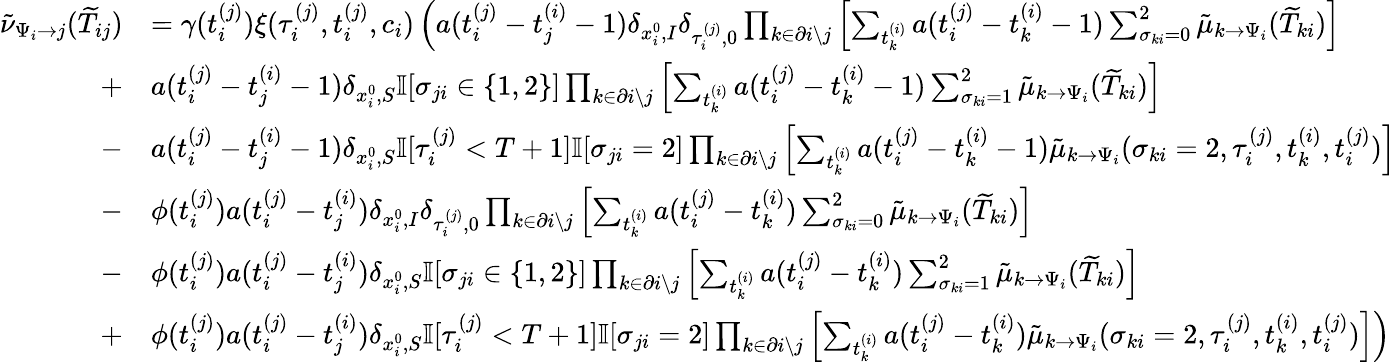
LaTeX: \begin{array}{r}{\begin{array}{rl}{\tilde{\nu}_{\Psi_{i}\to j}(\widetilde{T}_{ij})}&{=\gamma(t_{i}^{(j)})\xi(\tau_{i}^{(j)},t_{i}^{(j)},c_{i})\left(a(t_{i}^{(j)}-t_{j}^{(i)}-1)\delta_{x_{i}^{0},I}\delta_{\tau_{i}^{(j)},0}\prod_{k\in\partial i\setminus j}\left[\sum_{t_{k}^{(i)}}a(t_{i}^{(j)}-t_{k}^{(i)}-1)\sum_{\sigma_{ki}=0}^{2}\tilde{\mu}_{k\to\Psi_{i}}(\widetilde{T}_{ki})\right]\right.}\\ {+}&{a(t_{i}^{(j)}-t_{j}^{(i)}-1)\delta_{x_{i}^{0},S}\mathbb{I}[\sigma_{ji}\in\{ 1,2\} ]\prod_{k\in\partial i\setminus j}\left[\sum_{t_{k}^{(i)}}a(t_{i}^{(j)}-t_{k}^{(i)}-1)\sum_{\sigma_{ki}=1}^{2}\tilde{\mu}_{k\to\Psi_{i}}(\widetilde{T}_{ki})\right]}\\ {-}&{a(t_{i}^{(j)}-t_{j}^{(i)}-1)\delta_{x_{i}^{0},S}\mathbb{I}[\tau_{i}^{(j)}<T+1]\mathbb{I}[\sigma_{ji}=2]\prod_{k\in\partial i\setminus j}\left[\sum_{t_{k}^{(i)}}a(t_{i}^{(j)}-t_{k}^{(i)}-1)\tilde{\mu}_{k\to\Psi_{i}}(\sigma_{ki}=2,\tau_{i}^{(j)},t_{k}^{(i)},t_{i}^{(j)})\right]}\\ {-}&{\phi(t_{i}^{(j)})a(t_{i}^{(j)}-t_{j}^{(i)})\delta_{x_{i}^{0},I}\delta_{\tau_{i}^{(j)},0}\prod_{k\in\partial i\setminus j}\left[\sum_{t_{k}^{(i)}}a(t_{i}^{(j)}-t_{k}^{(i)})\sum_{\sigma_{ki}=0}^{2}\tilde{\mu}_{k\to\Psi_{i}}(\widetilde{T}_{ki})\right]}\\ {-}&{\phi(t_{i}^{(j)})a(t_{i}^{(j)}-t_{j}^{(i)})\delta_{x_{i}^{0},S}\mathbb{I}[\sigma_{ji}\in\{ 1,2\} ]\prod_{k\in\partial i\setminus j}\left[\sum_{t_{k}^{(i)}}a(t_{i}^{(j)}-t_{k}^{(i)})\sum_{\sigma_{ki}=1}^{2}\tilde{\mu}_{k\to\Psi_{i}}(\widetilde{T}_{ki})\right]}\\ {+}&{\left.\phi(t_{i}^{(j)})a(t_{i}^{(j)}-t_{j}^{(i)})\delta_{x_{i}^{0},S}\mathbb{I}[\tau_{i}^{(j)}<T+1]\mathbb{I}[\sigma_{ji}=2]\prod_{k\in\partial i\setminus j}\left[\sum_{t_{k}^{(i)}}a(t_{i}^{(j)}-t_{k}^{(i)})\tilde{\mu}_{k\to\Psi_{i}}(\sigma_{ki}=2,\tau_{i}^{(j)},t_{k}^{(i)},t_{i}^{(j)})\right]\right)}\end{array}}\end{array}